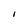
Character: I